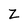
Character: Z